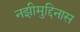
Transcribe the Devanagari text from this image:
नझीमुद्दिनास